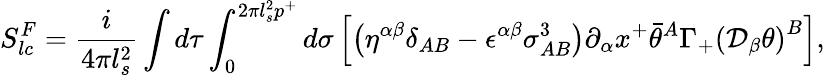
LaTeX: S_{lc}^{F}=\frac{i}{4\pi l_{s}^{2}}\int d\tau\int_{0}^{2\pi l_{s}^{2}p^{+}}d\sigma\left[\left(\eta^{\alpha\beta}\delta_{AB}-\epsilon^{\alpha\beta}\sigma_{AB}^{3}\right)\partial_{\alpha}x^{+}\bar{\theta}^{A}\Gamma_{+}\left(\mathcal{D}_{\beta}\theta\right)^{B}\right],